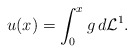
\begin{align*}u(x)=\int_0^x g\, d\mathcal L^1.\end{align*}